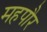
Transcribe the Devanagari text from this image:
महपौर